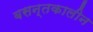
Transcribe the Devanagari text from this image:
बसन्तकालीन